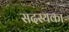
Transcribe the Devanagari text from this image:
सदस्यका